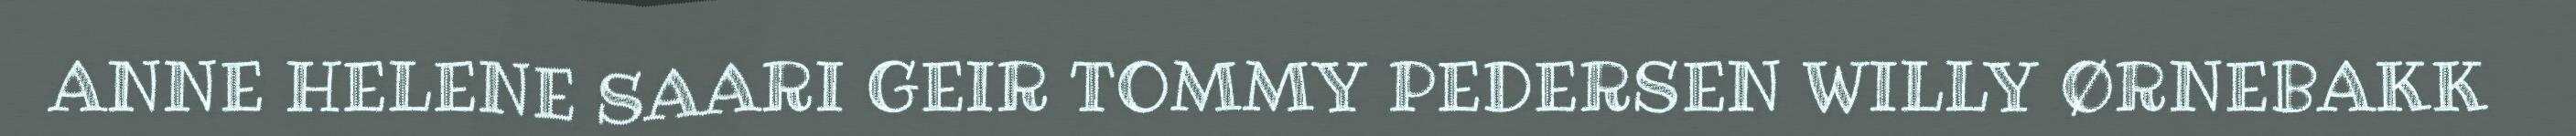
ANNE HELENE SAARI GEIR TOMMY PEDERSEN WILLY ØRNEBAKK